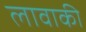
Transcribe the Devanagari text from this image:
लावाकी